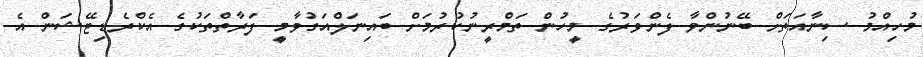
މުހިއްމު ސިނާއަތަށް ބޭނުންވާ ފެންވަރުގެ މީހުން ތަމްރީނުކުރުމަށް ބައިނަލްއަގުވާމީ ފަރާތްތަކުގެ އެކްރެޑިޓޭޝަން އެ